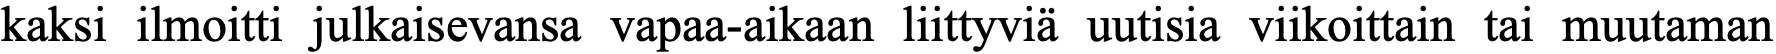
kaksi ilmoitti julkaisevansa vapaa-aikaan liittyviä uutisia viikoittain tai muutaman